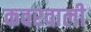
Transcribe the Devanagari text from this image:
कवरवाली